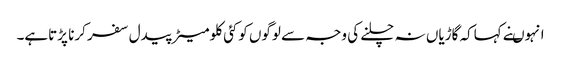
انہوںنے کہاکہ گاڑیاں نہ چلنے کی وجہ سے لوگوں کوکئی کلومیٹر پیدل سفر کرنا پڑتاہے۔